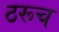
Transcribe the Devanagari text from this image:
ठरूच